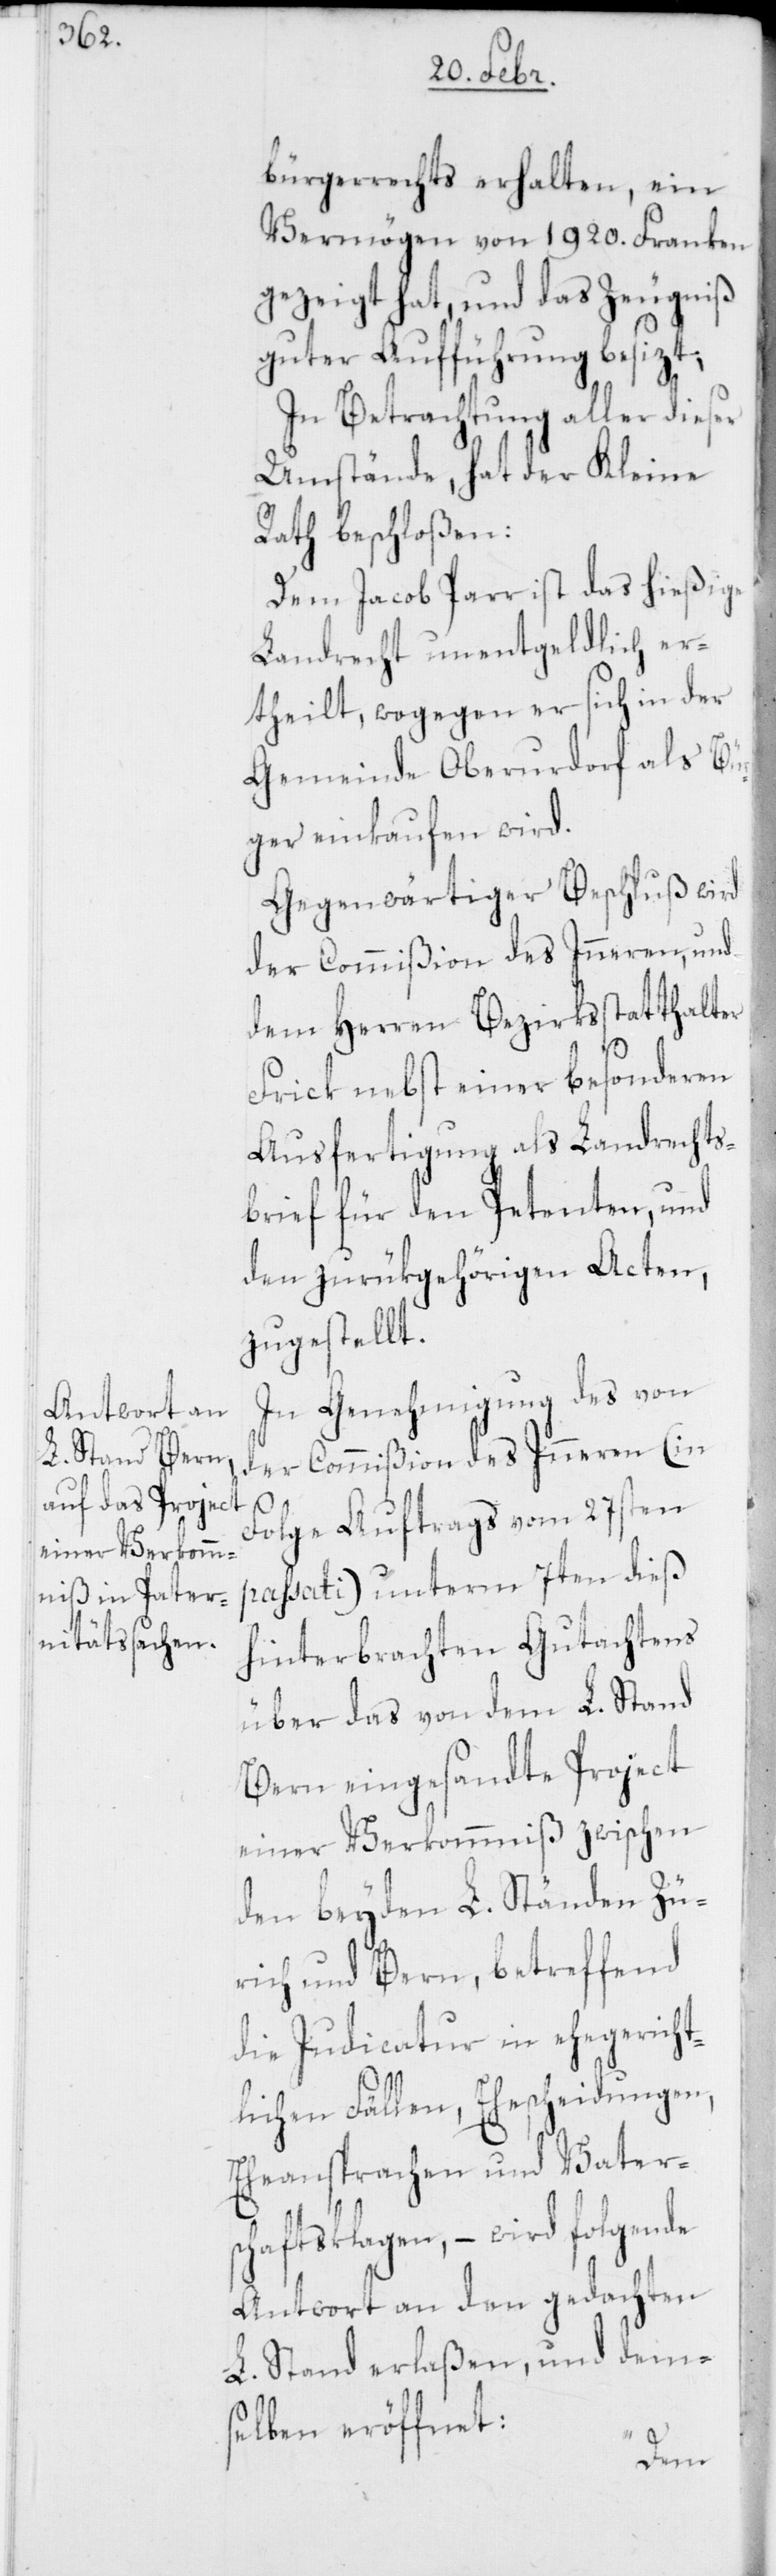
bürgerrechts erhalten, ein
Vermögen von 1920. Franken
gezeigt hat, und das Zeugniß
guter Aufführung besizt;
In Betrachtung aller dieser
Umstände, hat der Kleine
Rath beschloßen:
Dem Jacob Parr ist das hießige
Landrecht unentgeldlich er¬
theilt, wogegen er sich in der
Gemeinde Oberurdorf als Bü¬
rger einkaufen wird.
Gegenwärtiger Beschluß wird
der Commißion des Inneren, und
dem Herren Bezirksstatthalter
Frick nebst einer besonderen
Ausfertigung als Landrechts¬
brief für den Petenten, und
den zurükgehörigen Acten,
zugestellt.
In Genehmigung des von
der Commißion des Inneren (in
Folge Auftrags vom 27sten
passati) unterm7ten dieß
hinterbrachten Gutachtens
über das von dem L. Stand
Bern eingesandte Project
einer Verkommniß zwischen
den beyden L. Ständen Zü¬
rich und Bern, betreffend
die Judicatur in ehegericht¬
lichen Fällen, Ehescheidungen,
Eheansprachen und Vaters¬
chaftsklagen, – wird folgende
Antwort an den gedachten
L. Stand erlaßen, und dem¬
selben eröffnet: